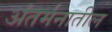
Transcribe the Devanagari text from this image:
अंतर्मनातील